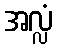
အလ္လံ